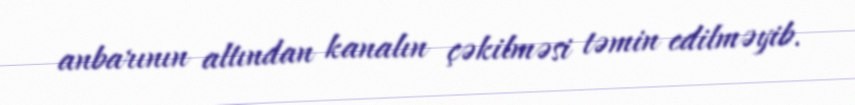
anbarının altından kanalın çəkilməsi təmin edilməyib.